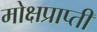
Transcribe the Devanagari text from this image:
मोक्षप्राप्‍ती